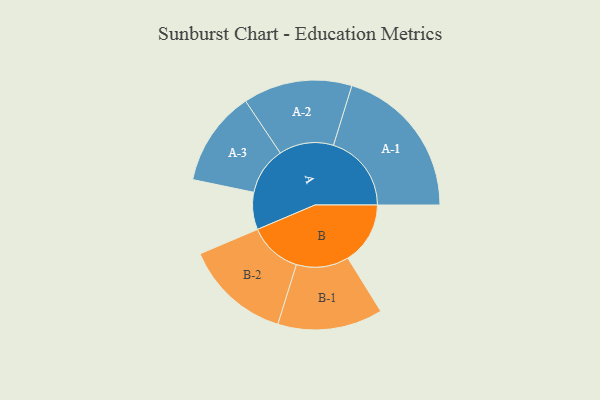
{"axis": {"x": "Segment", "y": "Value"}, "legend": ["", "A", "B"], "data": [{"x": "A", "y": 114, "type": ""}, {"x": "B", "y": 191, "type": ""}, {"x": "A-1", "y": 239, "type": "A"}, {"x": "A-2", "y": 167, "type": "A"}, {"x": "A-3", "y": 146, "type": "A"}, {"x": "B-1", "y": 161, "type": "B"}, {"x": "B-2", "y": 163, "type": "B"}]}